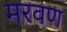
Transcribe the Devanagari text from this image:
मरवण